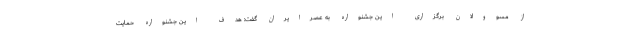
از مسوولان برگزاری این جشنواره به عصرايران گفت: هدف اين جشنواره حمايت